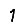
Digit: 1